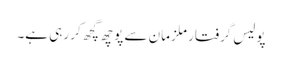
پولیس گرفتار ملزمان سے پوچھ گچھ کر رہی ہے۔